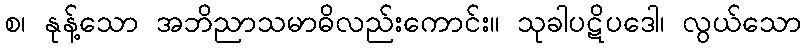
စ၊ နုန့်သော အဘိညာသမာဓိလည်းကောင်း။ သုခါပဋိပဒေါ၊ လွယ်သော